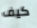
كيف